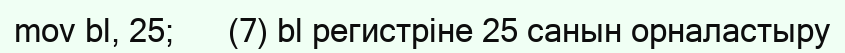
mov bl, 25;      (7) bl регистріне 25 санын орналастыру